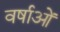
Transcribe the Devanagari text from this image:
वर्षाओं